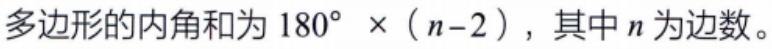
多边形的内角和为 \(180^{\circ} \times (n - 2)\)，其中 \(n\) 为边数。